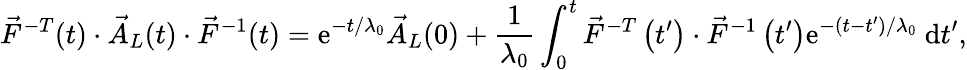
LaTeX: \vec{F}^{-T}(t)\cdot\vec{A}_{L}(t)\cdot\vec{F}^{-1}(t)=\mathrm{e}^{-t/\lambda_{0}}\vec{A}_{L}(0)+\frac{1}{\lambda_{0}}\int_{0}^{t}\vec{F}^{-T}\left(t^{\prime}\right)\cdot\vec{F}^{-1}\left(t^{\prime}\right)\mathrm{e}^{-(t-t^{\prime})/\lambda_{0}}~\mathrm{d}t^{\prime},